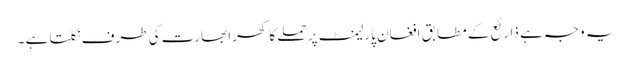
یہ وجہ ہے ذارئع کے مطابق افغان پارلیمنٹ پر حملے کا کھرا بھارت کی طرف نکلتا ہے ۔